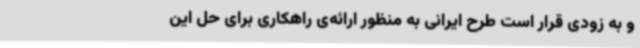
و به زودی قرار است طرح ایرانی به منظور ارائه‌ی راهکاری برای حل این